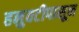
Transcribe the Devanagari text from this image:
हनुवटीपासून